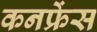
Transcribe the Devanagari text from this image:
कनफ्रेंस